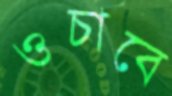
ওচাবে